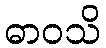
ဓာဝသိ